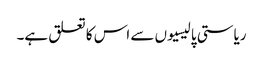
ریاستی پالیسیوں سے اس کا تعلق ہے۔